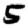
Digit: 5